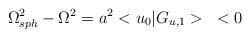
LaTeX: \begin{align*}{\Omega^2_{sph}}-{\Omega}^2 = a^2<u_0|G_{u,1}> \;\;\;<0\end{align*}